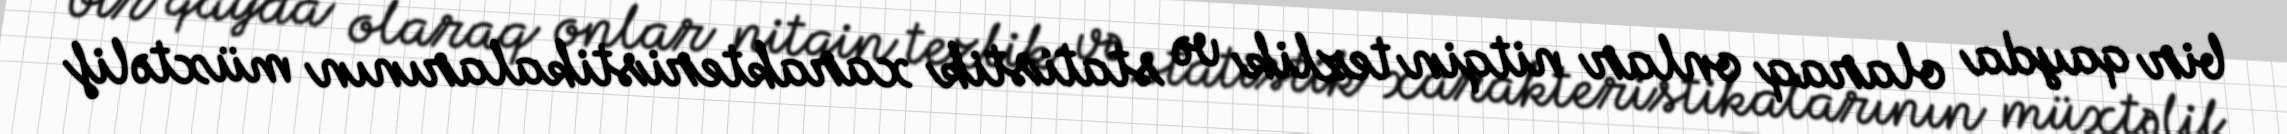
bir qayda olaraq onlar nitqin tezlik və statistik xarakteristikalarının müxtəlif